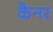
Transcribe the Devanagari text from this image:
कैनर